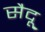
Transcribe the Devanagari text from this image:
सैदू